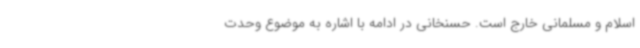
اسلام و مسلمانی خارج است. حسنخانی در ادامه با اشاره به موضوع وحدت